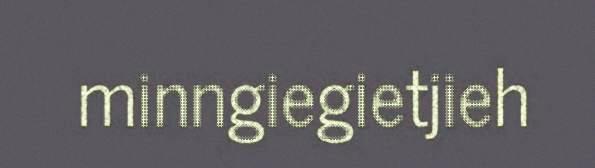
minngiegietjieh